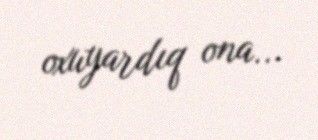
oxuyardıq ona...